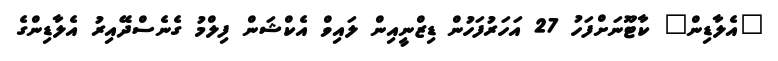
"އެލާޑިން" ކާޓޫނަށްފަހު 27 އަހަރުފަހުން ޑިޒްނީއިން ލައިވް އެކްޝަން ފިލްމު ގެނެސްދޭއިރު އެލާޑިންގެ